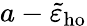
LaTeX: a-\tilde{\varepsilon}_{\mathrm{ho}}